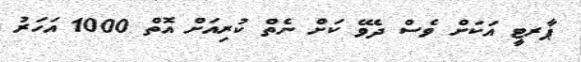
ޕާރޓީ އަކަށް ވެސް ދެވޭ ކަށް ނެތް ކުރިއަށް އޮތް 1000 އަހަރު